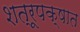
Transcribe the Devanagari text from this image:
शत्रूपक्षात